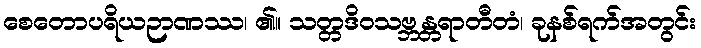
စေတောပရိယဉာဏဿ၊ ၏။ သတ္တဒိဝသဗ္ဘန္တရာတီတံ၊ ခုနစ်ရက်အတွင်း